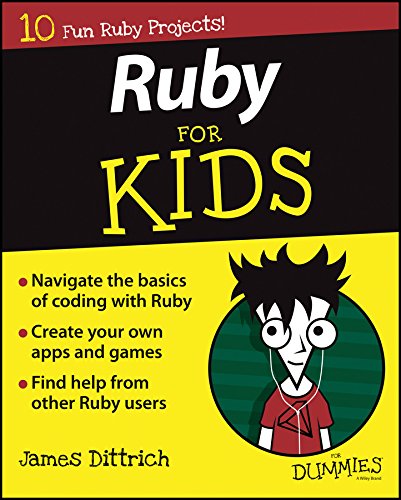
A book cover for Ruby For Kids For Dummies; James Dittrich; Children's Books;